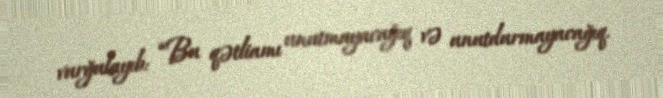
vurğulayıb: “Bu qətliamı unutmayacağıq və unutdurmayacağıq.